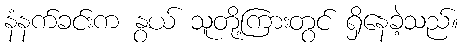
နံနက်ခင်းက နွယ် သူတို့ကြားတွင် ရှိနေခဲ့သည်။